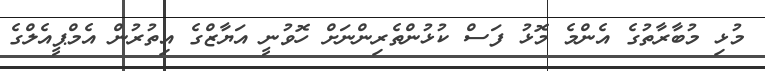
މުޅި މުބާރާތުގެ އެންމެ މޮޅު ފަސް ކުޅުންތެރިންނަށް ހޮވުނީ އަޔާޒްގެ އިތުރުން އެމްޕީއެލްގެ